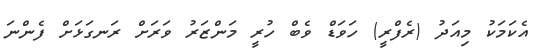
އެކަމަކު މިއަދު (ރެފްރީ) ހަވަޑް ވެބް ހުރީ މަންޒަރު ވަރަށް ރަނގަޅަށް ފެންނަ